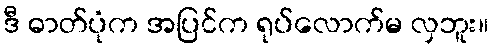
ဒီ ဓာတ်ပုံက အပြင်က ရုပ်လောက်မ လှဘူး။